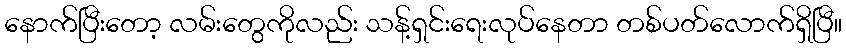
နောက်ပြီးတော့ လမ်းတွေကိုလည်း သန့်ရှင်းရေးလုပ်နေတာ တစ်ပတ်လောက်ရှိပြီ။